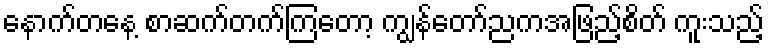
နောက်တနေ့ စာဆက်တက်ကြတော့ ကျွန်တော်ညကအဖြည့်စိတ် ကူးသည့်